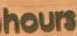
hours